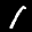
Digit: 1